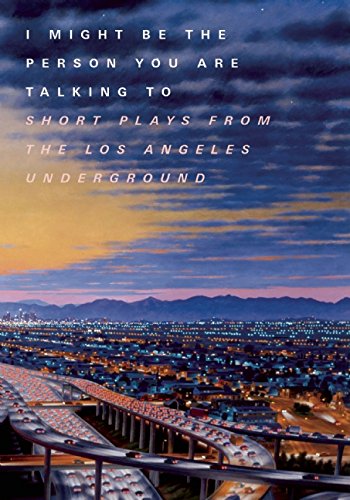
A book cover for I Might Be the Person You Are Talking To; Padua Playwrights Press; Literature & Fiction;